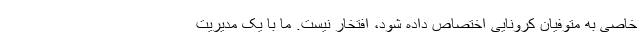
خاصی به متوفیان کرونایی اختصاص داده شود، افتخار نیست. ما با یک مدیریت